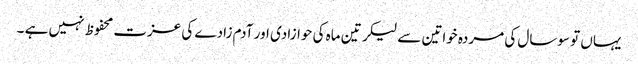
یہاں تو سوسال کی مردہ خواتین سے لیکر تین ماہ کی حوازادی اور آدم زادے کی عزت محفوظ نہیں ہے ۔